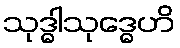
သုဒ္ဓါသုဒ္ဓေဟိ